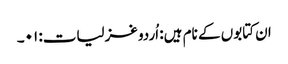
ان کتابوں کے نام ہیں: اُردو غزلیات: ۰۱۔